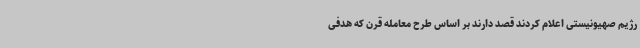
رژیم صهیونیستی اعلام کردند قصد دارند بر اساس طرح معامله قرن که هدفی